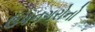
ઉપનગરોનો